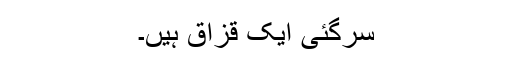
سرگئی ایک قزاق ہیں۔